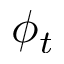
\phi _ { t }